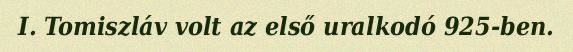
I. Tomiszláv volt az első uralkodó 925-ben.